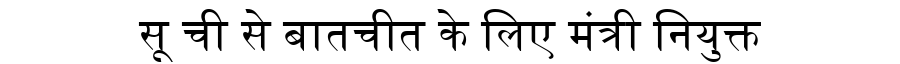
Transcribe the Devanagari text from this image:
सू ची से बातचीत के लिए मंत्री नियुक्त